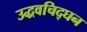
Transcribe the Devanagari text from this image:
उद्धवचिद्‌घन